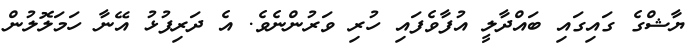
ޔާޝްގެ ގައިގައި ބައްދާލީ އުފާވެފައި ހުރި ވަރުންނެވެ. އެ ދަރިފުޅު އޭނާ ހަމަލޮލުން